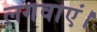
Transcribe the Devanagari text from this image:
लगवाएं।